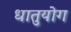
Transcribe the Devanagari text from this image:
धातुयोग